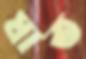
ঘাত